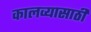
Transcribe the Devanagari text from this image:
कालव्यासाठी